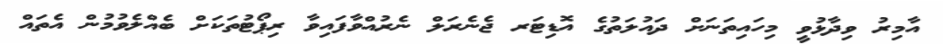
އާމިރު ވިދާޅުވީ މިހައިތަނަށް ދައުލަތުގެ އޮޑިޓަރ ޖެނެރަލް ނެރުއްވާފައިވާ ރިޕޯޓުތަކަށް ބެއްލެވުމުން އެތައް